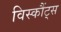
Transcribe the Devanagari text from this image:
विस्कौंट्स